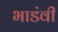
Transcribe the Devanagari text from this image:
भाडंवी